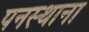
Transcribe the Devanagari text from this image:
पनस्थाना